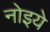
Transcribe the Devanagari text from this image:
नोइये